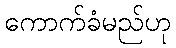
ကောက်ခံမည်ဟု